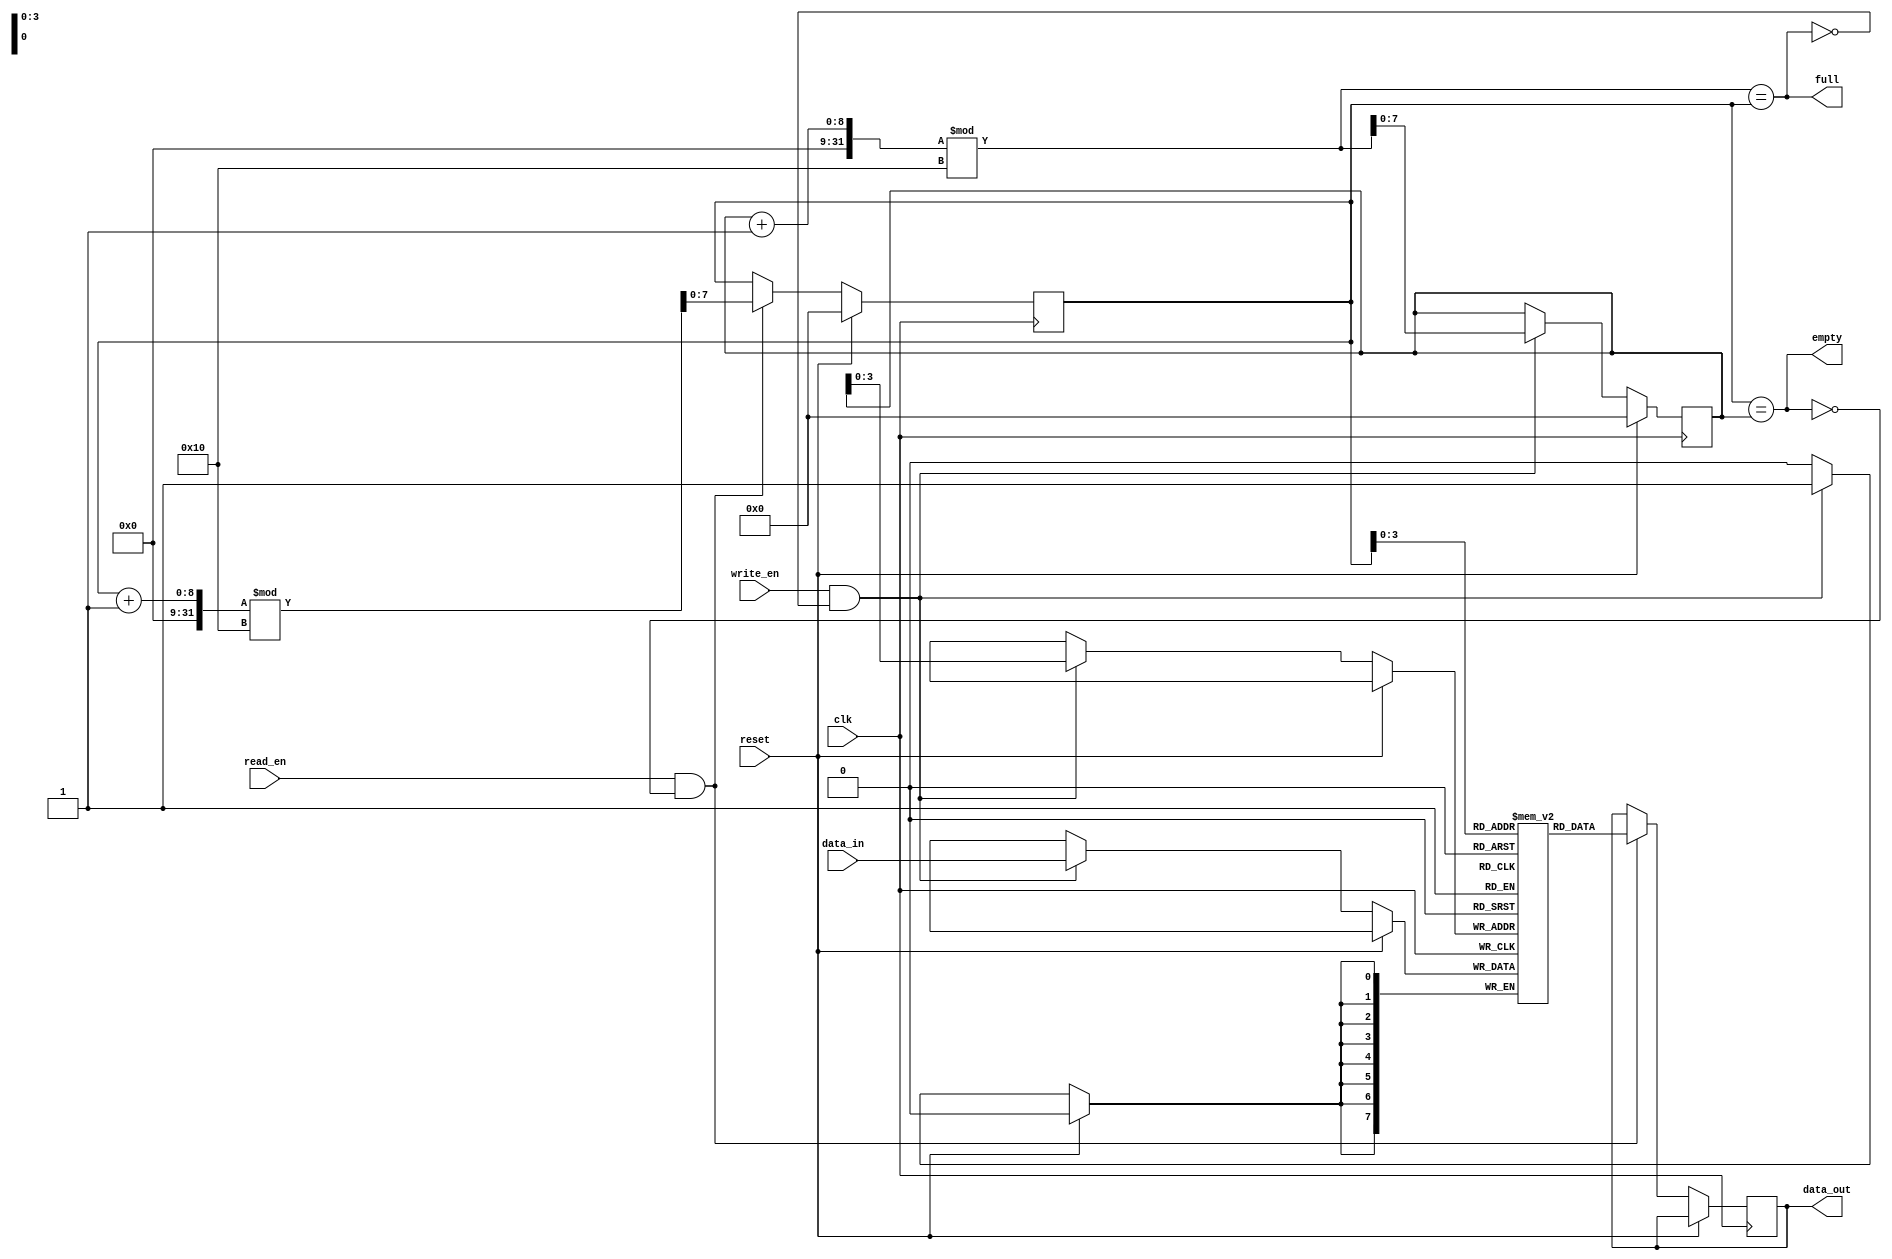
module fifo_buffer (
  input wire clk,
  input wire reset,
  input wire write_en,
  input wire read_en,
  input wire [DATA_WIDTH-1:0] data_in,
  output reg [DATA_WIDTH-1:0] data_out,
  output reg empty,
  output reg full
);

parameter DATA_WIDTH = 8;
parameter DEPTH = 16;

reg [DATA_WIDTH-1:0] buffer [0:DEPTH-1];
reg [DATA_WIDTH-1:0] read_ptr;
reg [DATA_WIDTH-1:0] write_ptr;

assign empty = (read_ptr == write_ptr);
assign full = ((write_ptr + 1) % DEPTH == read_ptr);

always @(posedge clk) begin
  if (reset) begin
    read_ptr <= 0;
    write_ptr <= 0;
  end else begin
    if (write_en && !full) begin
      buffer[write_ptr] <= data_in;
      write_ptr <= (write_ptr + 1) % DEPTH;
    end
    if (read_en && !empty) begin
      data_out <= buffer[read_ptr];
      read_ptr <= (read_ptr + 1) % DEPTH;
    end
  end
end

endmodule